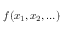
f ( x _ { 1 } , x _ { 2 } , \ldots )